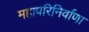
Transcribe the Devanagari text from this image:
महापरिनिर्वाणा